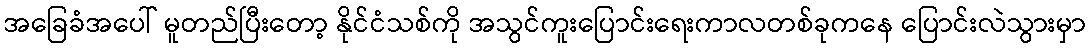
အခြေခံအပေါ် မူတည်ပြီးတော့ နိုင်ငံသစ်ကို အသွင်ကူးပြောင်းရေးကာလတစ်ခုကနေ ပြောင်းလဲသွားမှာ